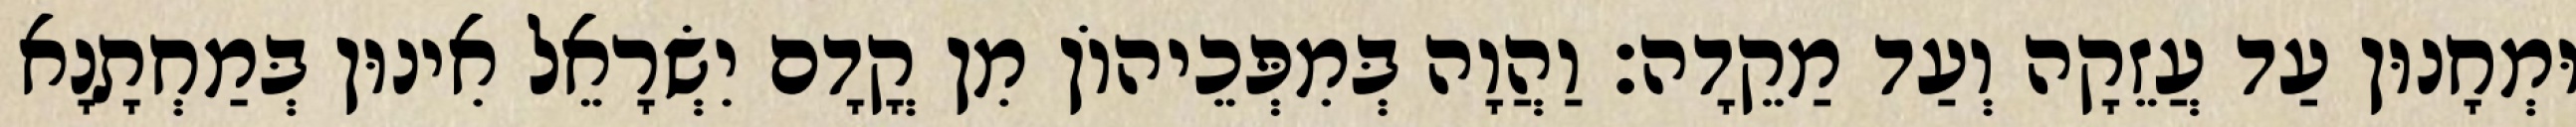
וּמְחָנוּן עַד עֲזֵקָה וְעַד מַקֵדָה׃ וַהֲוָה בְּמִפְּכֵיהוֹן מִן קֳדָם יִשְׂרָאֵל אִינוּן בְּמַחְתָנָא